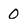
Character: 0